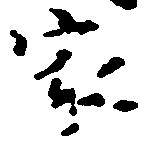
家